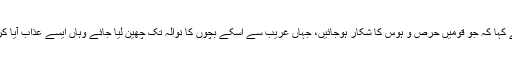
انہوں نے کہا کہ جو قومیں حرص و ہوس کا شکار ہوجائیں، جہاں غریب سے اسکے بچوں کا نوالہ تک چھین لیا جائے وہاں ایسے عذاب آیا کرتے ہیں۔